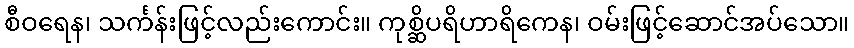
စီဝရေန၊ သင်္ကန်းဖြင့်လည်းကောင်း။ ကုစ္ဆိပရိဟာရိကေန၊ ဝမ်းဖြင့်ဆောင်အပ်သော။